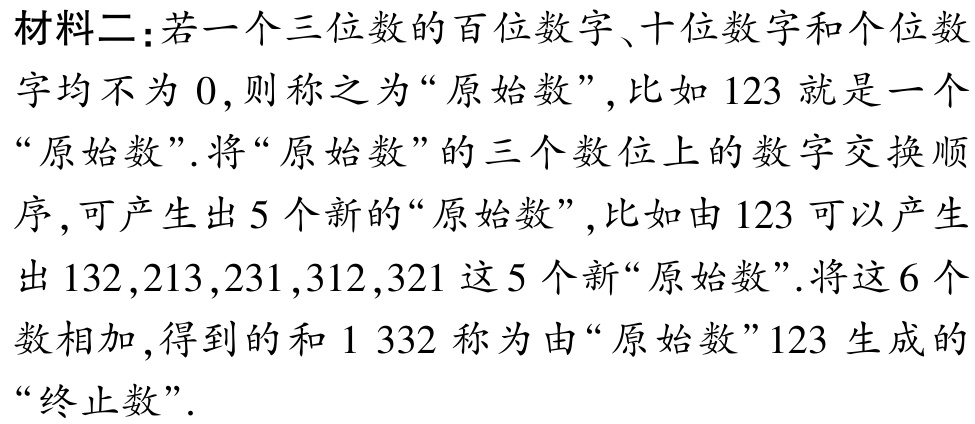
材料二：若一个三位数的百位数字、十位数字和个位数字均不为 \(0\),则称之为“原始数”,比如 \(123\) 就是一个“原始数”.将“原始数”的三个数位上的数字交换顺序,可产生出 \(5\) 个新的“原始数”,比如由 \(123\) 可以产生出 \(132,213,231,312,321\) 这 \(5\) 个新“原始数”.将这 \(6\) 个数相加,得到的和 \(1\ 332\) 称为由“原始数”\(123\) 生成的“终止数”.